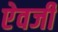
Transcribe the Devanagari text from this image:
एेवजी